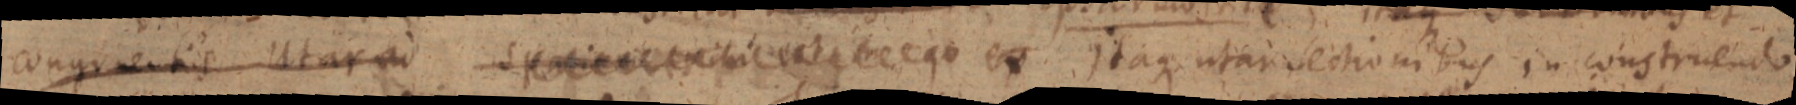
congruentis Utar ad spa _ ex Itaque Itaque utar sectionibus in construendo